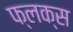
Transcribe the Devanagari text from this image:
फ्लक्‍स